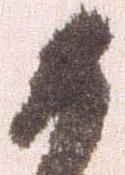
か